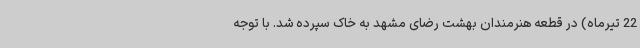
22 تیرماه) در قطعه هنرمندان بهشت رضای مشهد به خاک سپرده شد. با توجه